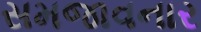
સમજાવનાર